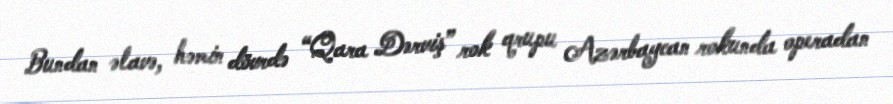
Bundan əlavə, həmin dövrdə “Qara Dərviş” rok qrupu Azərbaycan rokunda operadan